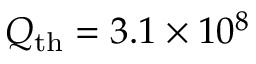
Q _ { \mathrm { t h } } = 3 . 1 \times 1 0 ^ { 8 }